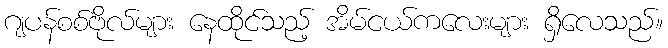
ဂျပန်စစ်ဗိုလ်များ နေထိုင်သည့် အိမ်ငယ်ကလေးများ ရှိလေသည်။